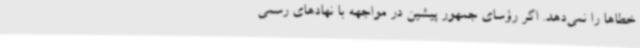
خطاها را نمی‌دهد. اگر رؤسای جمهور پیشین در مواجهه با نهادهای رسمی